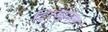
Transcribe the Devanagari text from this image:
ट्रिब्युनल